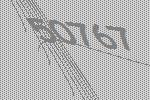
50767